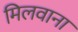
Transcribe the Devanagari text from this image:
मिलवाना